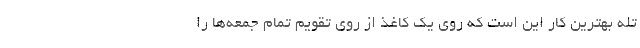
تله بهترین کار این است که روی یک کاغذ از روی تقویم تمام جمعه‌ها را